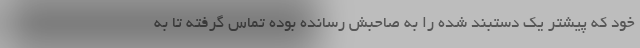
خود که پیشتر یک دستبند شده را به صاحبش رسانده بوده تماس گرفته تا به